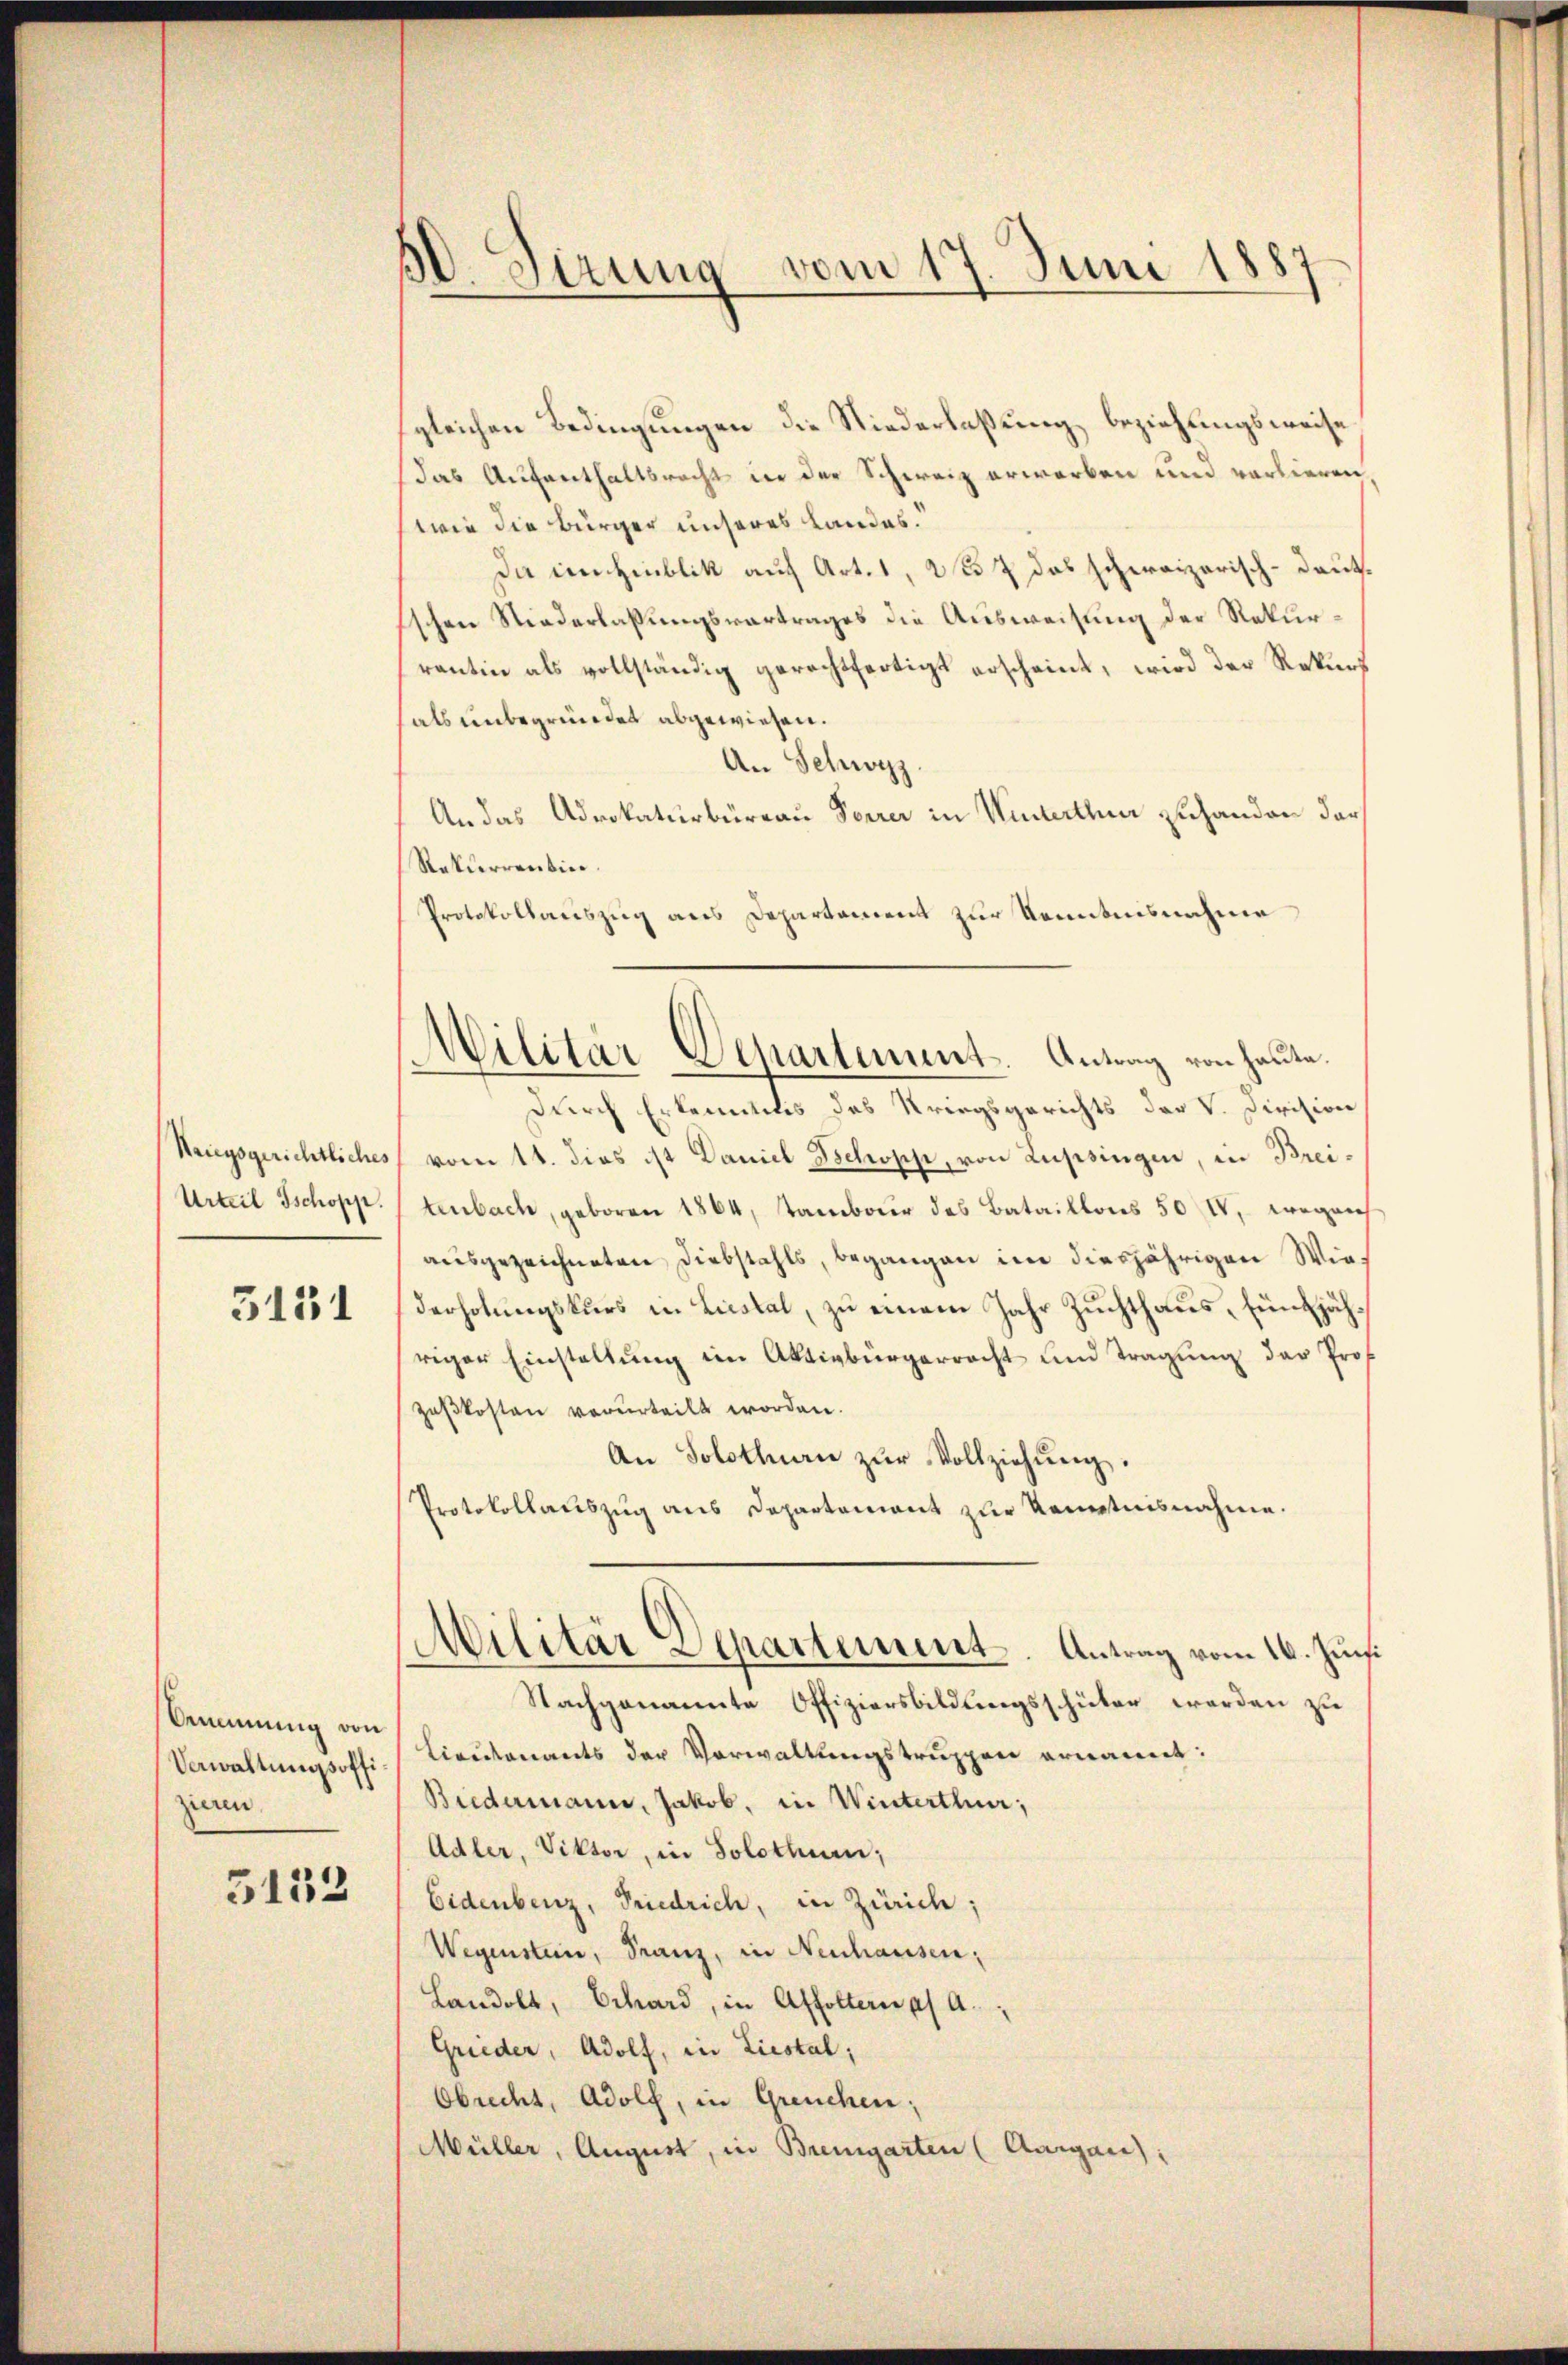
Kriegsgerichtliches
Urteil schopp.

5131

Bemmung von
Verwaltungsoffizieren.

5133

50. Sirung vom 17. Juni 1887

Militär-Departement. Antrag von heute.

gleichen Bedingungen die Niederlaßung beziehungsweise
das Aufenthaltsrecht der der Schweiz erworben und vorlieren
wie die Bürger unseres Landes.
Da in Hinblik auf Art. 1, 257 das schweizerisch-deutschen Niederlassungsvertrages die Ausweisung der Rekurrantin als vollständig gerechtfertigt erscheint, wird der Rekurs
als unbegründet abgewiesen.
An Schwyz
An das Advokaturbüreau Vorrer in Winterthur zuhanden darf
Rekurrentin.
Protokollariszug aus Departament zur Kenntnisnahme
Durch Erkenntnis des Kriegsgerichts der V. Division
vom 14. dies ist Daniel Schopp, von Russingen, in Breitenbach, geboren 1864, Tambour des Bataillons 50 IV, wegens
ausgezeichneten Diebstahls, begangen im diesjährigen Wiederholungskurs in Liestal, zu einem Jahr Zuchthaus, fünfjähriger Einstellung im Aktivbürgerracht und Tragung der Prof
zeßkosten verurteilt worden.
An Solothurn zŭr Vollziehŭng.
Protokollauszug aus Departement zur Kenntnisnahme.
Militär Departement. Antrag vom 16. Juns.
Nachgenannte Offiziersbildungsschüler werden zu
Lieutenants der Vorwaltungstruppen ernannt:
Biedermann, Jakob, in Winterthur;
Adler, Viktor, in Solothur;
Eidenberg, Friedrich, in Zürich:
Wegenstein, Franz, in Neuhausen:
Landolt, Erhard, in Affoltern a/A.
Grieder, Adolf, in Liestal,
Obrecht, Adolf, in Greuchen;
Müller, August, in Bremgarten (Aargau),